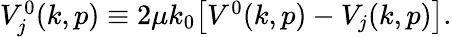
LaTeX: \begin{array}{r}{V_{j}^{0}(k,p)\equiv 2\mu k_{0}\big[V^{0}(k,p)-V_{j}(k,p)\big].}\end{array}